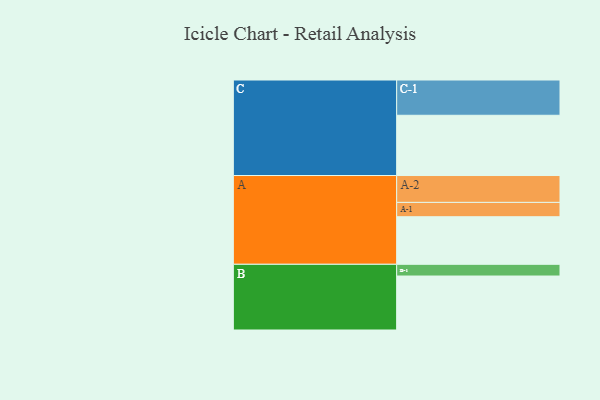
{"axis": {"x": "Segment", "y": "Value"}, "legend": ["", "A", "B", "C"], "data": [{"x": "A", "y": 402, "type": ""}, {"x": "B", "y": 456, "type": ""}, {"x": "C", "y": 509, "type": ""}, {"x": "A-1", "y": 121, "type": "A"}, {"x": "A-2", "y": 227, "type": "A"}, {"x": "B-1", "y": 99, "type": "B"}, {"x": "C-1", "y": 298, "type": "C"}]}